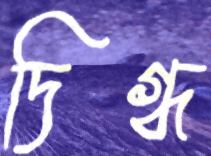
দিগ্ধ